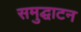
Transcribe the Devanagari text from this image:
समुद्घाटन